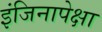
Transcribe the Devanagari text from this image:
इंजिनापेक्षा